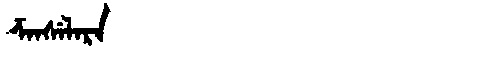
Manchu: ᡯᠠᠨᠰᡝᠯᠠᡵᠠ
Romanization: DZANSELARA